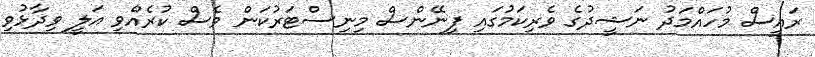
ރައީސް މުހައްމަދު ނަޝީދުގެ ވެރިކަމުގައި ފިނޭންސް މިނިސްޓަރުކަން ވެސް ކުރެއްވި އަލީ ވިދާޅުވި